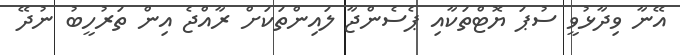
އޭނާ ވިދާޅުވީ ސުޕަ ޔޮޓްތަކާއި ޕެސެންޖާ ލައިންތަކަށް ރާއްޖެ އިން ތަރުހީބު ނުދޭ